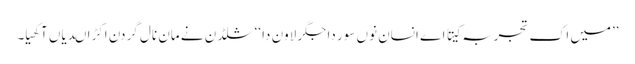
’’میں اک تجربہ کیتا اے انسان نوں سور دا جگر لاون دا ‘‘ شلڈن نے مان نال گردن اکڑا ںدیاں آکھیا۔